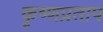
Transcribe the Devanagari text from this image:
कृष्णप्रताप